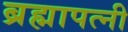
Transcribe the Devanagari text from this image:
ब्रह्मापत्नी